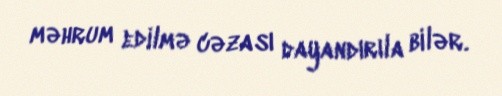
məhrum edilmə cəzası dayandırıla bilər.